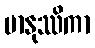
မာနုဿိကာ